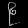
Digit: ၉